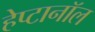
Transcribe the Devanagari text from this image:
हेप्टानॉल